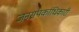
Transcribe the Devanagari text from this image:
जनसंपर्काधिकारी